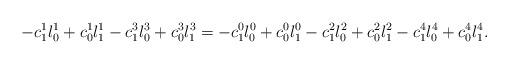
LaTeX: \begin{align*}-c_1^1l_0^1+ c_0^1l_1^1-c_1^3l_0^3 +c_0^3l_1^3 = -c_1^0l_0^0+c_0^0l_1^0-c_1^2l_0^2+c_0^2l_1^2-c_1^4l_0^4+c_0^4l_1^4.\end{align*}